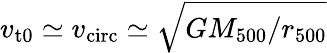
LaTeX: v_{\mathrm{t0}}\simeq v_{\mathrm{circ}}\simeq\sqrt{GM_{500}/r_{500}}